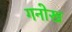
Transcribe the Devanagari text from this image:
गनोख